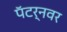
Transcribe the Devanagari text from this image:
पॅटर्नवर